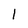
Character: l